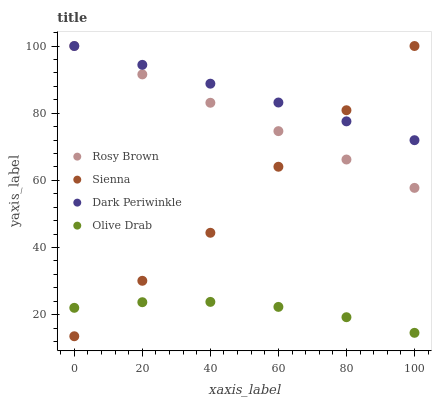
| xaxis_label | Rosy Brown | Sienna | Dark Periwinkle | Olive Drab |
 | --- | --- | --- | --- | --- |
 | 0 | 100 | 13.6 | 100 | 22.1 |
 | 20 | 91.6 | 30.1 | 94.4 | 23.7 |
 | 40 | 83.1 | 44.4 | 88.8 | 23.8 |
 | 60 | 74.7 | 64.1 | 83.2 | 22.3 |
 | 80 | 66.2 | 80.9 | 77.6 | 19.3 |
 | 100 | 57.8 | 100 | 72 | 14.6 |